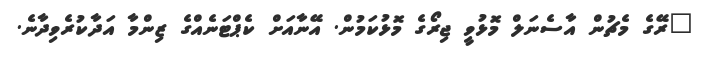
"ރޭގެ މެޗުން އާސެނަލް މޮޅުވީ ޖިރޯގެ މޮޅުކަމުން. އޭނާއަށް ކެޕްޓަނެއްގެ ޒިންމާ އަދާކުރެވިދާނެ.